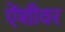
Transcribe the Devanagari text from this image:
ऐंशीवर